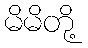
မိမိတို့